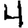
Digit: 4